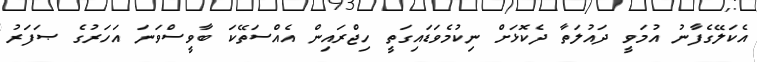
އެކަލޭގެފާނު އުމަވީ ދައުލަތާ ދެކޮޅަށް ނިކުމެވަޑައިގަތީ ހިޖްރައިން އެއްސަތޭކަ ބާވީސްވަނަ އަހަރުގެ ޞަފަރު